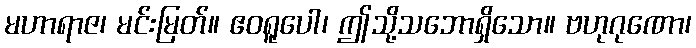
မဟာရာဇ၊ မင်းမြတ်။ ဧဝရူပေါ၊ ဤသို့သဘောရှိသော။ ဗဟုဂုဏော၊